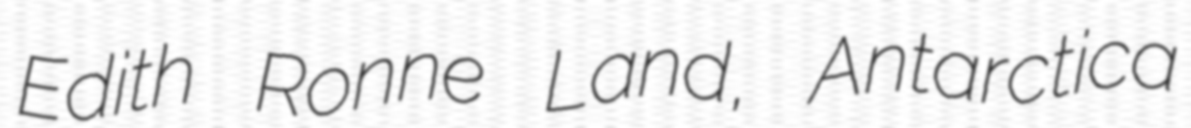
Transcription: Edith Ronne Land, Antarctica